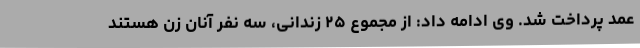
عمد پرداخت شد. وی ادامه داد: از مجموع ۲۵ زندانی، سه نفر آنان زن هستند